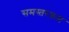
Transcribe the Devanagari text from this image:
समस्तरक्रम